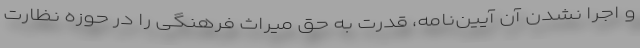
و اجرا نشدن آن آیین‌نامه، قدرتِ به حق میراث فرهنگی را در حوزه نظارت